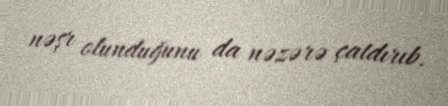
nəşr olunduğunu da nəzərə çatdırıb.